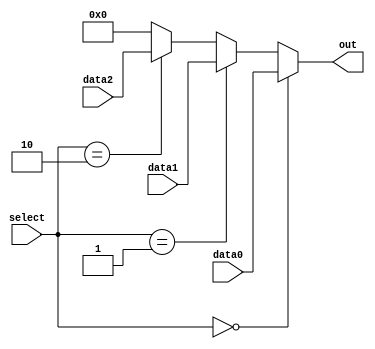
module vector_continuous_assignment (
    input wire [7:0] data0,
    input wire [7:0] data1,
    input wire [7:0] data2,
    input wire [1:0] select,
    output wire [7:0] out
);
    // Continuous assignment to the output vector using a multiplexer logic
    assign out = (select == 2'b00) ? data0 :
                 (select == 2'b01) ? data1 :
                 (select == 2'b10) ? data2 :
                 8'b00000000; // Default case

endmodule